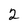
Character: 2